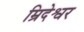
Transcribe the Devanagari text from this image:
म्रिदेश्वर